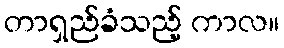
တာရှည်ခံသည့် ကာလ။